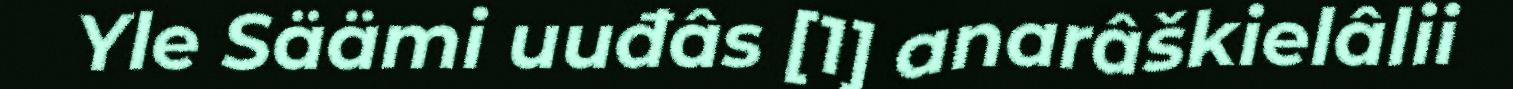
Yle Säämi uuđâs [1] anarâškielâlii